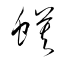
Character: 蟆